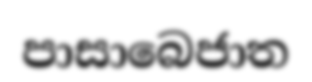
පාසාබෙජාත